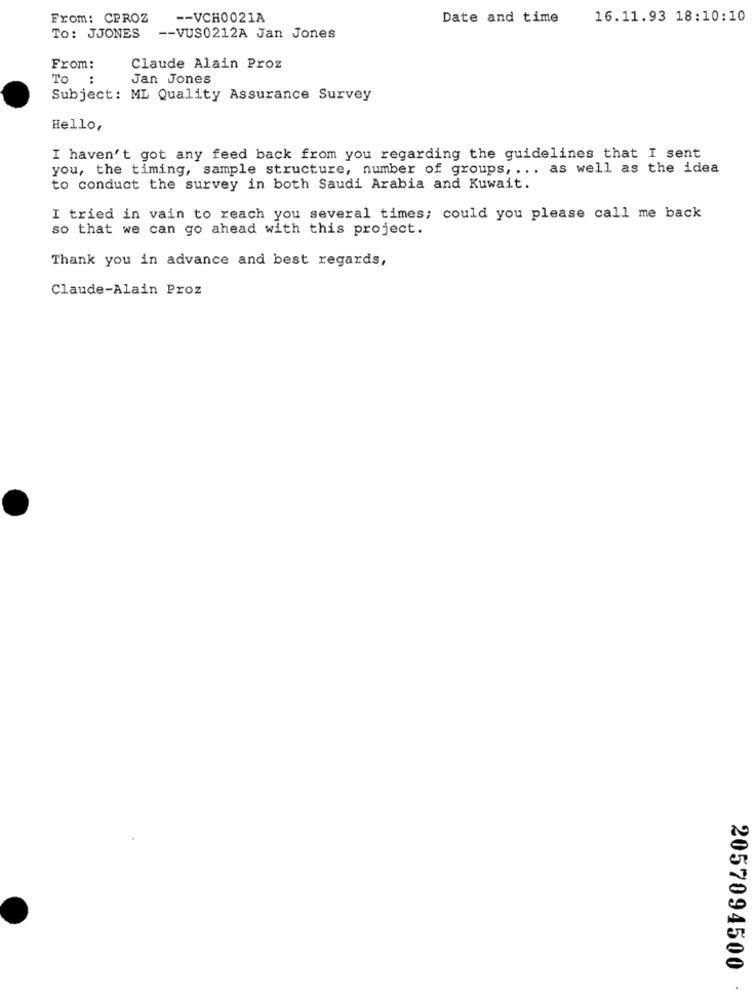
From: CPROZ
-- VCH0021A
Date and time
16.11.93 18:10:10
To: JJONES
-- VUS0212A Jan Jones
From:
Claude Alain Proz
TO
Jan Jones
Subject: ML Quality Assurance Survey
Hello,
I haven't got any feed back from you regarding the guidelines that I sent
you, the timing, sample structure, number of groups ,... as well as the idea
to conduct the survey in both Saudi Arabia and Kuwait.
I tried in vain to reach you several times; could you please call me back
so that we can go ahead with this project.
Thank you in advance and best regards,
Claude-Alain Proz
2057094500